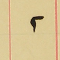
٢